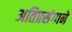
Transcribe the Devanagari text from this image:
अतिप्रसंगाने